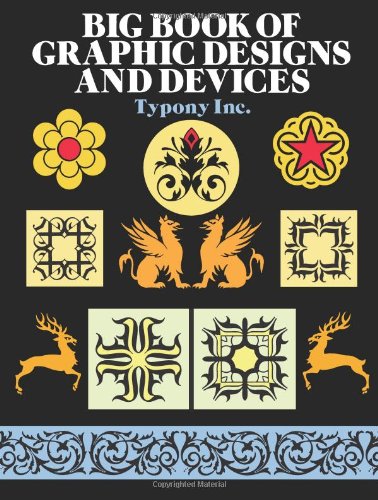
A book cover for Big Book of Graphic Designs and Devices (Dover Pictorial Archive); Typony  Inc.; Arts & Photography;